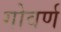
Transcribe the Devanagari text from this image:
गोवर्ण